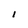
Character: l